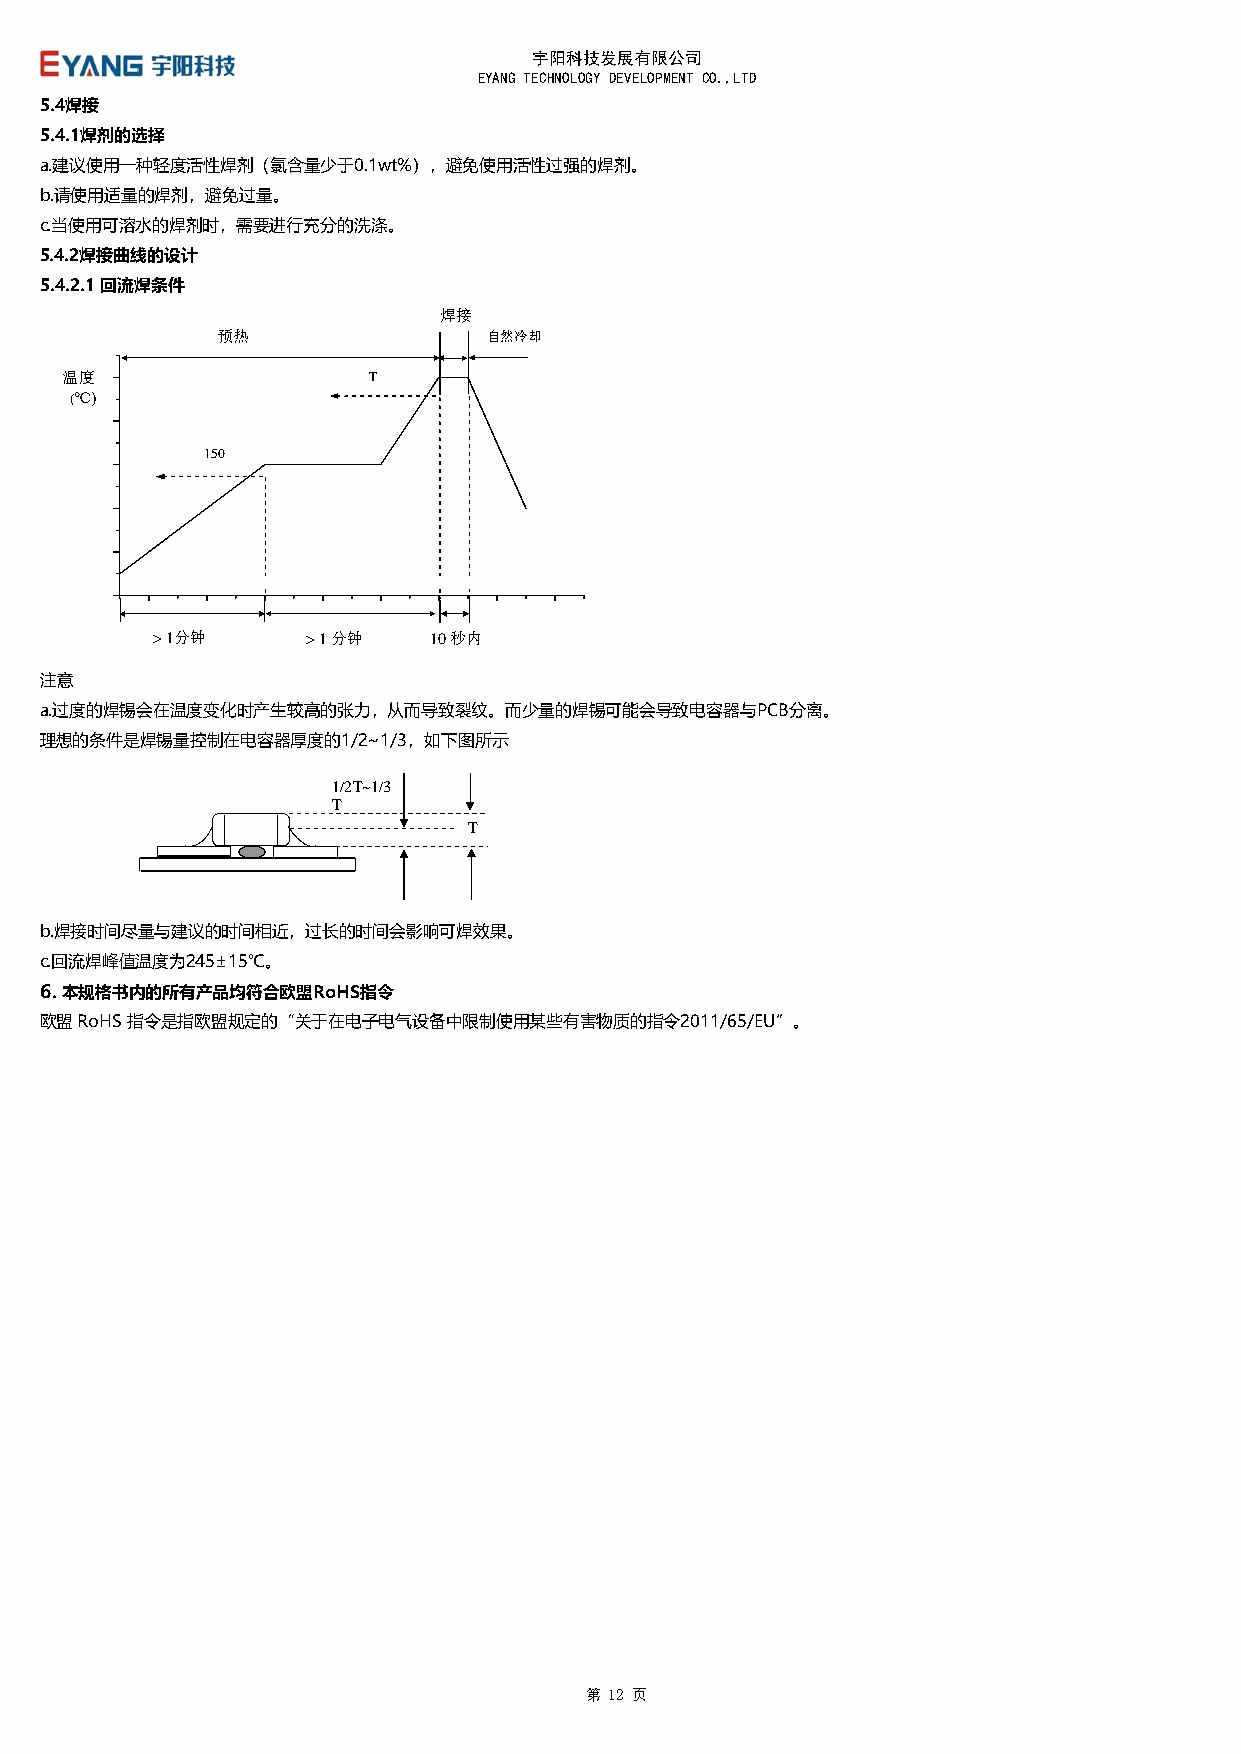
宇阳科技发展有限公司
 EYANG TECHNOLOGY DEVELOPMENT CO.,LTD
 5.4焊接
 5.4.1焊剂的选择
 a.建议使用一种轻度活性焊剂（氯含量少于0.1wt%），避免使用活性过强的焊剂。
 b.请使用适量的焊剂，避免过量。
 c.当使用可溶水的焊剂时，需要进行充分的洗涤。
 5.4.2焊接曲线的设计
 5.4.2.1 回流焊条件
 焊接
 预热                自然冷却
 温度                  T
 (℃)
 150
 > 1分钟     > 1 分钟  10 秒内
 注意
 a.过度的焊锡会在温度变化时产生较高的张力，从而导致裂纹。而少量的焊锡可能会导致电容器与PCB分离。
 理想的条件是焊锡量控制在电容器厚度的1/2~1/3，如下图所示
 1/2T~1/3
 T
 T
 b.焊接时间尽量与建议的时间相近，过长的时间会影响可焊效果。
 c.回流焊峰值温度为245±15℃。
 6. 本规格书内的所有产品均符合欧盟RoHS指令
 欧盟 RoHS 指令是指欧盟规定的“关于在电子电气设备中限制使用某些有害物质的指令2011/65/EU”。
 第 12 页